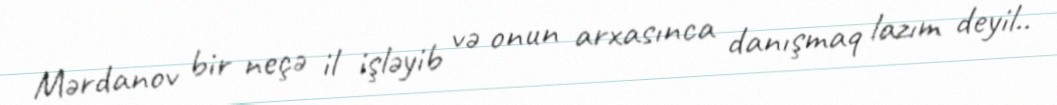
Mərdanov bir neçə il işləyib və onun arxasınca danışmaq lazım deyil..